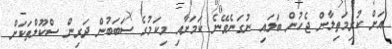
އަށް ކުރިމަތިލާން ޖެހުން ބަލައި ނުގަނެވޭނެ ކަމަށާއި މިކަމުގެ ސަބަބުން ދަރިން ސްކޫލްތަކަށް